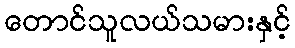
တောင်သူလယ်သမားနှင့်